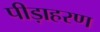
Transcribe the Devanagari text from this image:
पीड़ाहरण